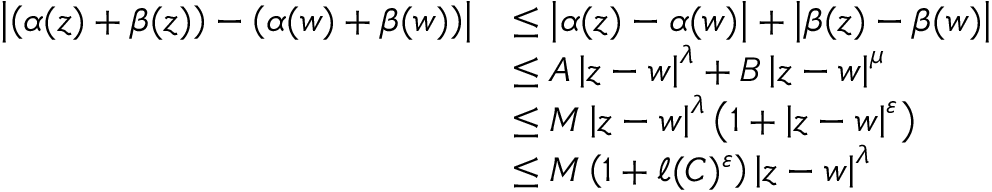
\begin{array} { r l } { \displaystyle \left\lvert \left( \alpha ( z ) + \beta ( z ) \right) - \left( \alpha ( w ) + \beta ( w ) \right) \right\rvert } & { \leq \displaystyle \left\lvert \alpha ( z ) - \alpha ( w ) \right\rvert + \displaystyle \left\lvert \beta ( z ) - \beta ( w ) \right\rvert } \\ & { \leq A \displaystyle \left\lvert z - w \right\rvert ^ { \lambda } + B \displaystyle \left\lvert z - w \right\rvert ^ { \mu } } \\ & { \leq M \displaystyle \left\lvert z - w \right\rvert ^ { \lambda } \left( 1 + \displaystyle \left\lvert z - w \right\rvert ^ { \varepsilon } \right) } \\ & { \leq M \left( 1 + \ell ( C ) ^ { \varepsilon } \right) \displaystyle \left\lvert z - w \right\rvert ^ { \lambda } } \end{array}